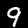
Digit: 9